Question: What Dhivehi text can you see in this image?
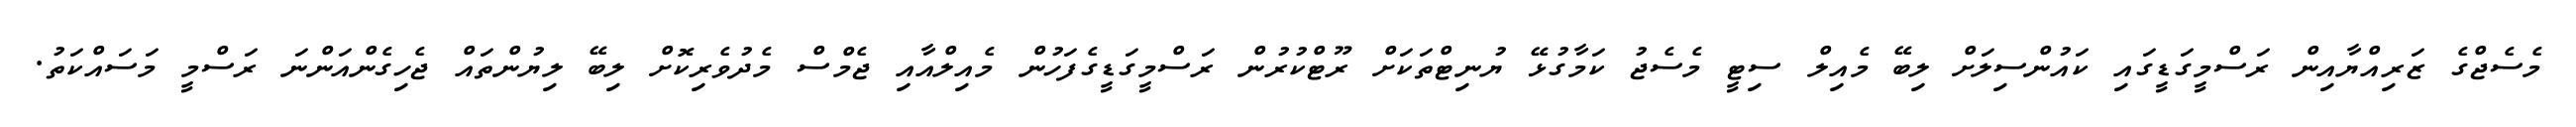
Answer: މެސެޖްގެ ޒަރިއްޔާއިން ރަސްމީގަޑީގައި ކައުންސިލަށް ލިބޭ މެއިލް ސިޓީ މެސެޖު ކަމާގުޅޭ ޔުނިޓްތަކަށް ރޫޓްކުރުން ރަސްމީގަޑީގެފަހުން މެއިލްއާއި ޖެމްސް މެދުވެރިކޮށް ލިބޭ ލިޔުންތައް ޖެހިގެންއަންނަ ރަސްމީ މަސައްކަތު.